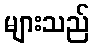
များသည်